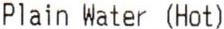
PLAIN WATER (HOT)